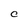
Character: C